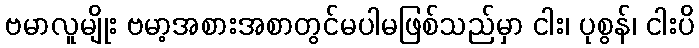
ဗမာလူမျိုး ဗမာ့အစားအစာတွင်မပါမဖြစ်သည်မှာ ငါး၊ ပုစွန်၊ ငါးပိ